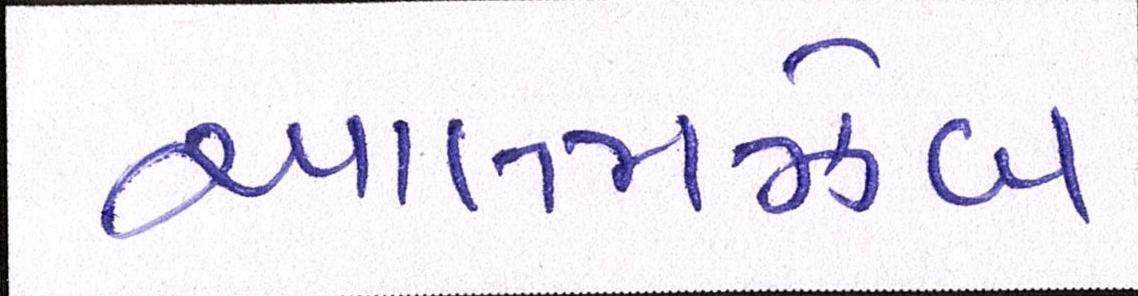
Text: આલમઝેબ